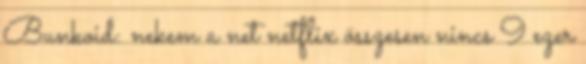
Bunkoid: nekem a net netflix összesen nincs 9 ezer